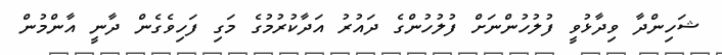
ޝަހިންދާ ވިދާޅުވީ ފުލުހުންނަށް ފުލުހުންގެ ދައުރު އަދާކުރުމުގެ މަގި ފަހިވެގެން ދާނީ އާންމުން